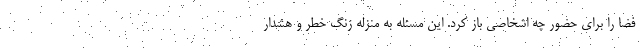
فضا را برای حضور چه اشخاصی باز کرد. این مسئله به منزله زنگ خطر و هشدار